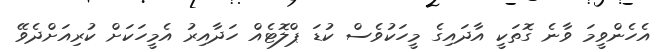
އެހެންވީމަ ވާނެ ގޮތަކީ އާދައިގެ މީހަކުވެސް ކުޑަ ޕްލޮޓެއް ހަދާއިރު އެމީހަކަށް ކުރިއަށްދެވޭ